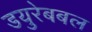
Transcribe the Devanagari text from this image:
डयुरेबबल